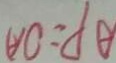
A P = O A